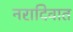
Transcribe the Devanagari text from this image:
नरादिवात